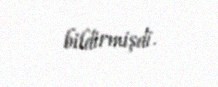
bildirmişdi.